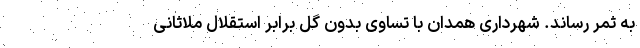
به ثمر رساند. شهرداری همدان با تساوی بدون گل برابر استقلال ملاثانی